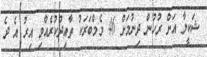
ޝަކީލާ އަށް ރުހުން ދިނުމަށް 46 މެމްބަރަކު ތާއިދުކުރެއްވި އިރު އެ ދެ